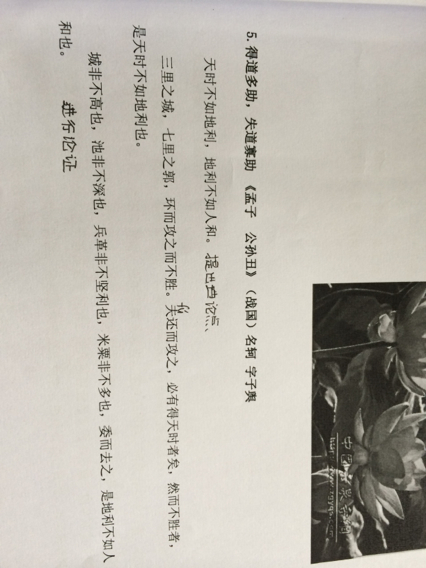
以天下之所顺，攻亲戚之所畔故君子有不战，战必胜矣。